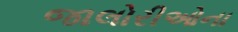
જાલોરીઓના